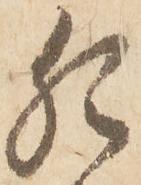
猶